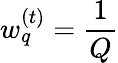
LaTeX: w_{q}^{(t)}=\frac{1}{Q}